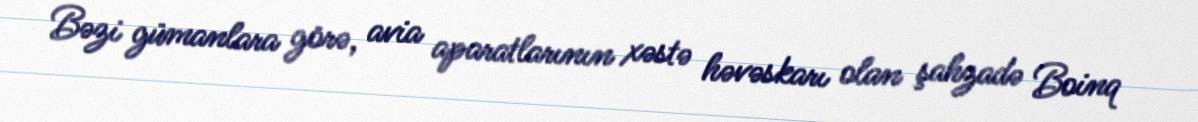
Bəzi gümanlara görə, avia aparatlarının xəstə həvəskarı olan şahzadə Boinq